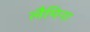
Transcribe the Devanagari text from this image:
लैमिना